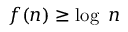
f ( n ) \geq \log ~ n